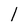
Character: 1